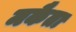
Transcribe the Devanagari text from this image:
मकैता